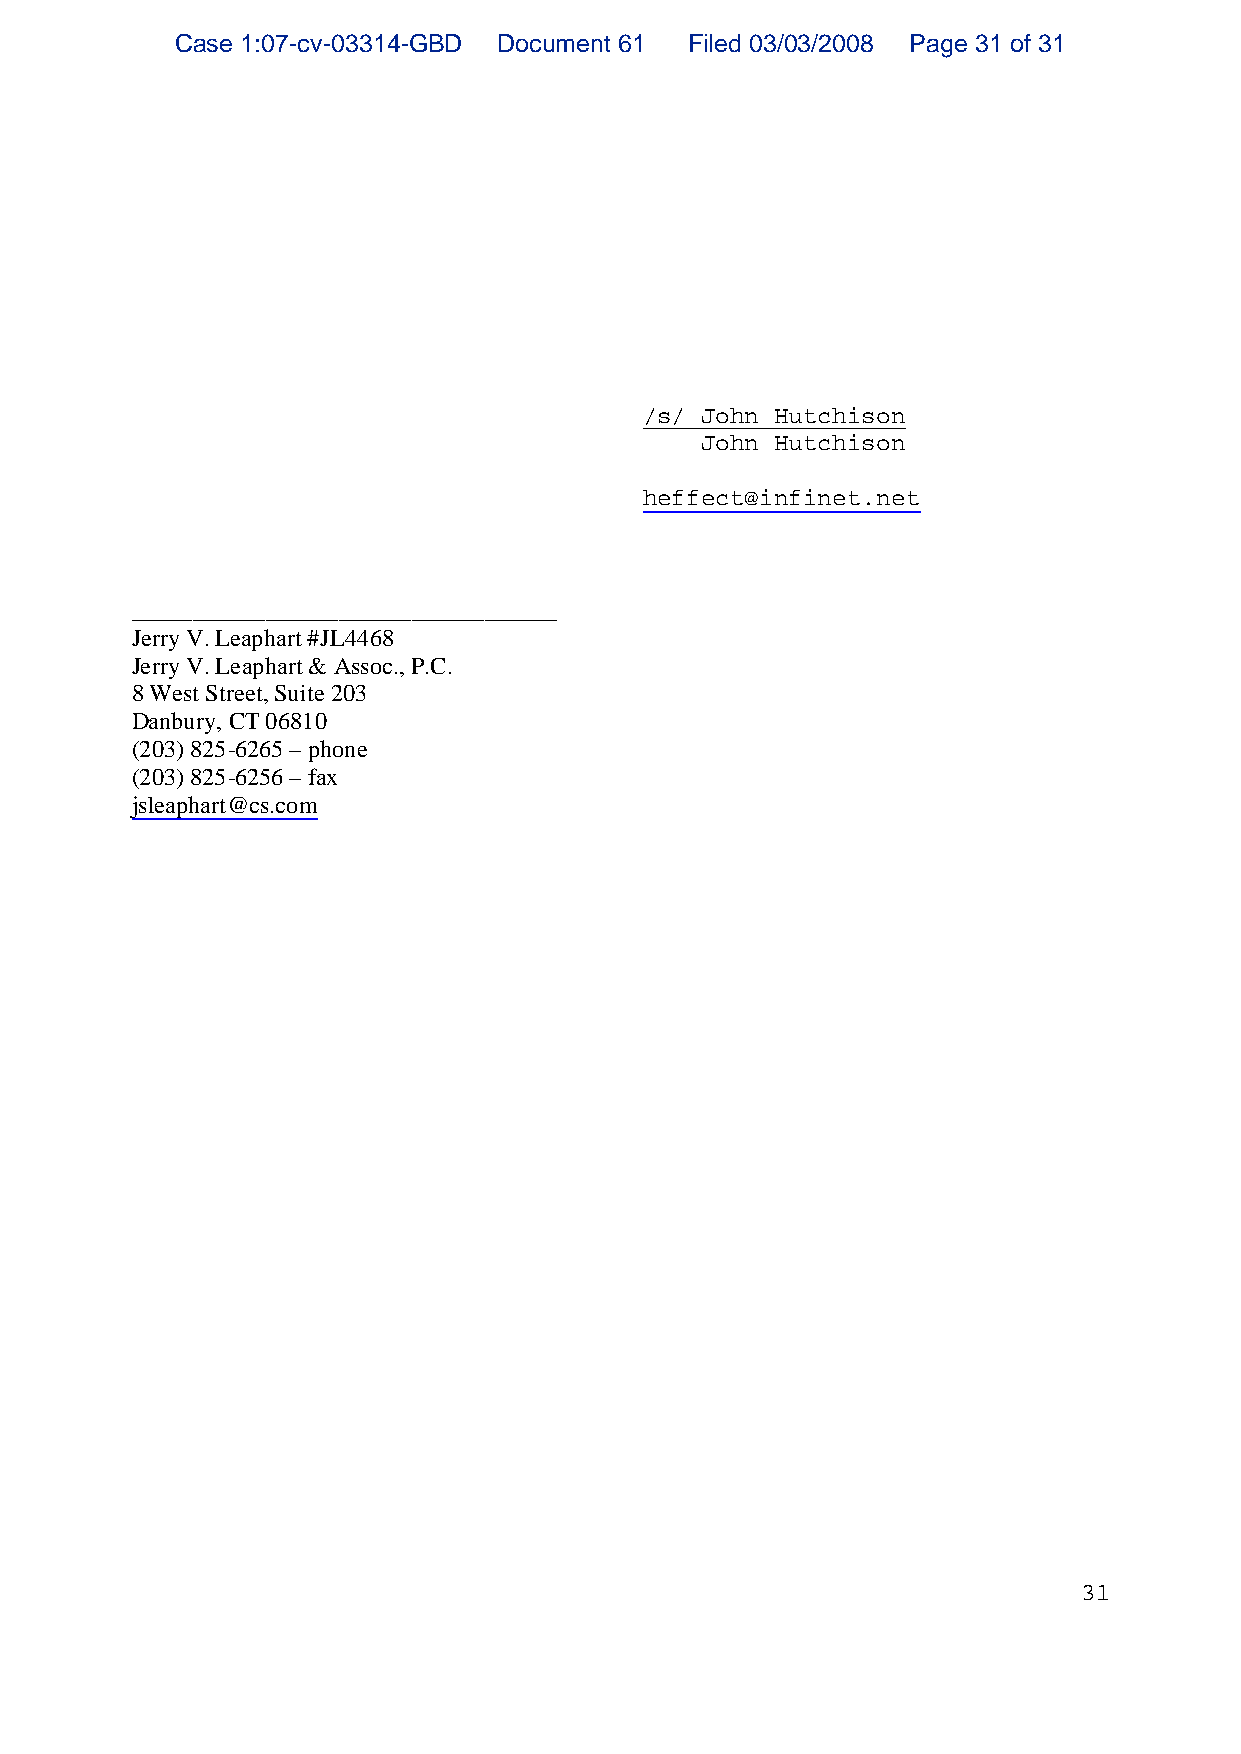
Case 1:07-cv-03314-GBD Document 61 Filed 03/03/2008 Page 31 of 31
 /s/ John Hutchison
 John Hutchison
 heffect@infinet.net
 ___________________________________
 Jerry V. Leaphart #JL4468
 Jerry V. Leaphart & Assoc., P.C.
 8 West Street, Suite 203
 Danbury, CT 06810
 (203) 825 6265 – phone
 (203) 825 6256 – fax
 jsleaphart@cs.com
 31